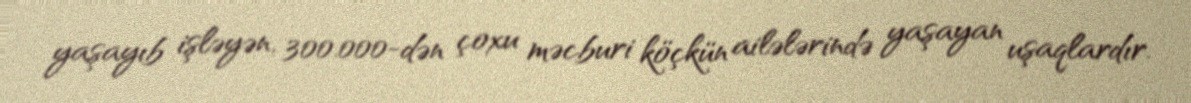
yaşayıb işləyən, 300.000-dən çoxu məcburi köçkün ailələrində yaşayan uşaqlardır.